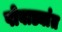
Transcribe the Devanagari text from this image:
पोवाड्यांत